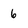
Character: 6